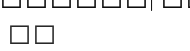
١١